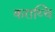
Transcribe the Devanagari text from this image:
कराय्चि